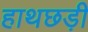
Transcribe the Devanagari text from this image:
हाथछड़ी